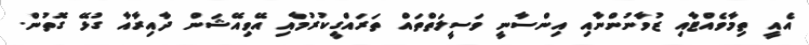
އެއީ ތިމާވެއްޓާއި ޒުވާނުންނާއި އިންސާނީ ވަސީލަތްތައް ތަރައްގީކުރުމާއި އޭވިއޭޝަން ދާއިރާއާ ގުޅޭ ގޮތުން.